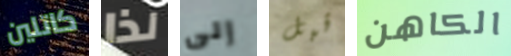
كاتلين لذا إلى قبل الكاهن